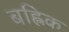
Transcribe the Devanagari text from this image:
बह्लिक